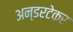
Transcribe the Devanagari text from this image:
अन्डरटेकर